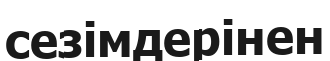
сезімдерінен